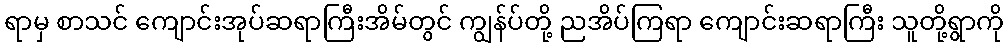
ရာမှ စာသင် ကျောင်းအုပ်ဆရာကြီးအိမ်တွင် ကျွန်ပ်တို့ ညအိပ်ကြရာ ကျောင်းဆရာကြီး သူတို့ရွာကို